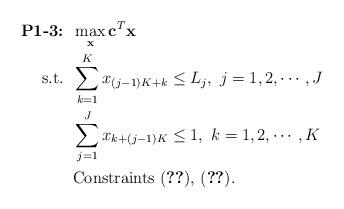
LaTeX: \begin{align*}\mbox{\textbf{P1-3:}} &\;\; \max_{\mathbf{x}} \mathbf{c}^T \mathbf{x} \\\mbox{s.t.} &\;\; \sum_{k=1}^K x_{(j-1)K+k} \leq L_j,~j=1,2,\cdots,J \\ &\;\; \sum_{j=1}^J x_{k+(j-1)K} \leq 1,~k=1,2,\cdots,K \\ &\;\; \mbox{Constraints (\ref{eqn:mmhn95}),~(\ref{eqn:mmhn80})}. \end{align*}